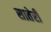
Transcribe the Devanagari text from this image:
सातेरी